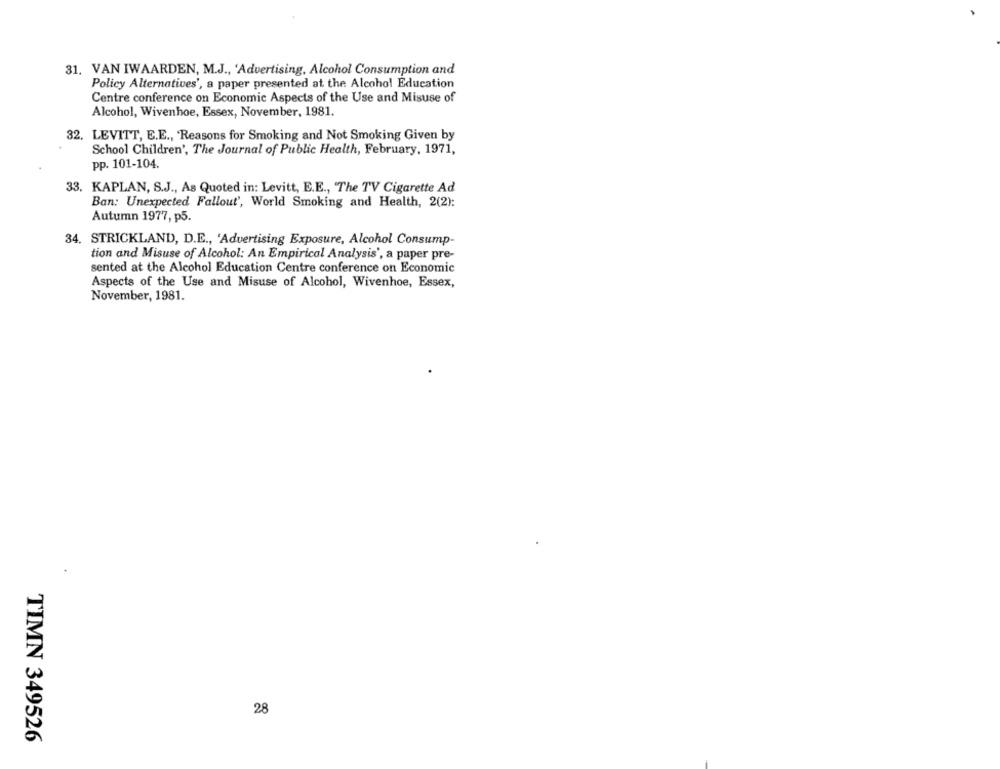
31. VAN IWAARDEN, M.J ., 'Advertising, Alcohol Consumption and
Policy Alternatives', a paper presented at the Alcohol Education
Centre conference on Economic Aspects of the Use and Misuse of
Alcohol, Wivenhoe, Essex, November, 1981.
32. LEVITT, E.E ., 'Reasons for Smoking and Not Smoking Given by
School Children', The Journal of Public Health, February, 1971,
pp. 101-104.
33. KAPLAN, S.J ., As Quoted in: Levitt, E.E ., The TV Cigarette Ad
Ban: Unexpected Fallout', World Smoking and Health, 2(2):
Autumn 1977, p5.
34. STRICKLAND, D.E ., 'Advertising Exposure, Alcohol Consump-
tion and Misuse of Alcohol: An Empirical Analysis', a paper pre-
sented at the Alcohol Education Centre conference on Economic
Aspects of the Use and Misuse of Alcohol, Wivenhoe, Essex,
November, 1981.
28
TIMN 349526